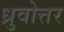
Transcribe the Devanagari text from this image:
ध्रुवोत्तर